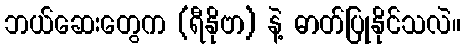
ဘယ်ဆေးတွေက (ရီနိုဗာ) နဲ့ ဓာတ်ပြုနိုင်သလဲ။